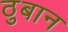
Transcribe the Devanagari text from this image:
ठुबान